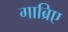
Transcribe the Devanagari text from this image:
गाब्रिए